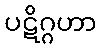
ပဋိဂ္ဂဟာ